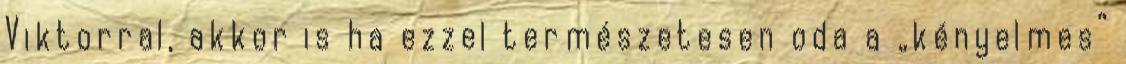
Viktorral, akkor is ha ezzel természetesen oda a „kényelmes”